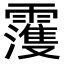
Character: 𩆀